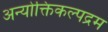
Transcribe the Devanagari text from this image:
अन्योक्तिकल्पद्रम